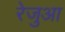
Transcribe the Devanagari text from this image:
रेजुआ